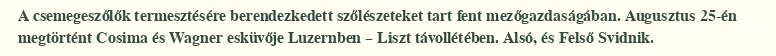
A csemegeszőlők termesztésére berendezkedett szőlészeteket tart fent mezőgazdaságában. Augusztus 25-én megtörtént Cosima és Wagner esküvője Luzernben – Liszt távollétében. Alsó, és Felső Svidnik.